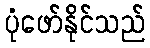
ပုံဖော်နိုင်သည်